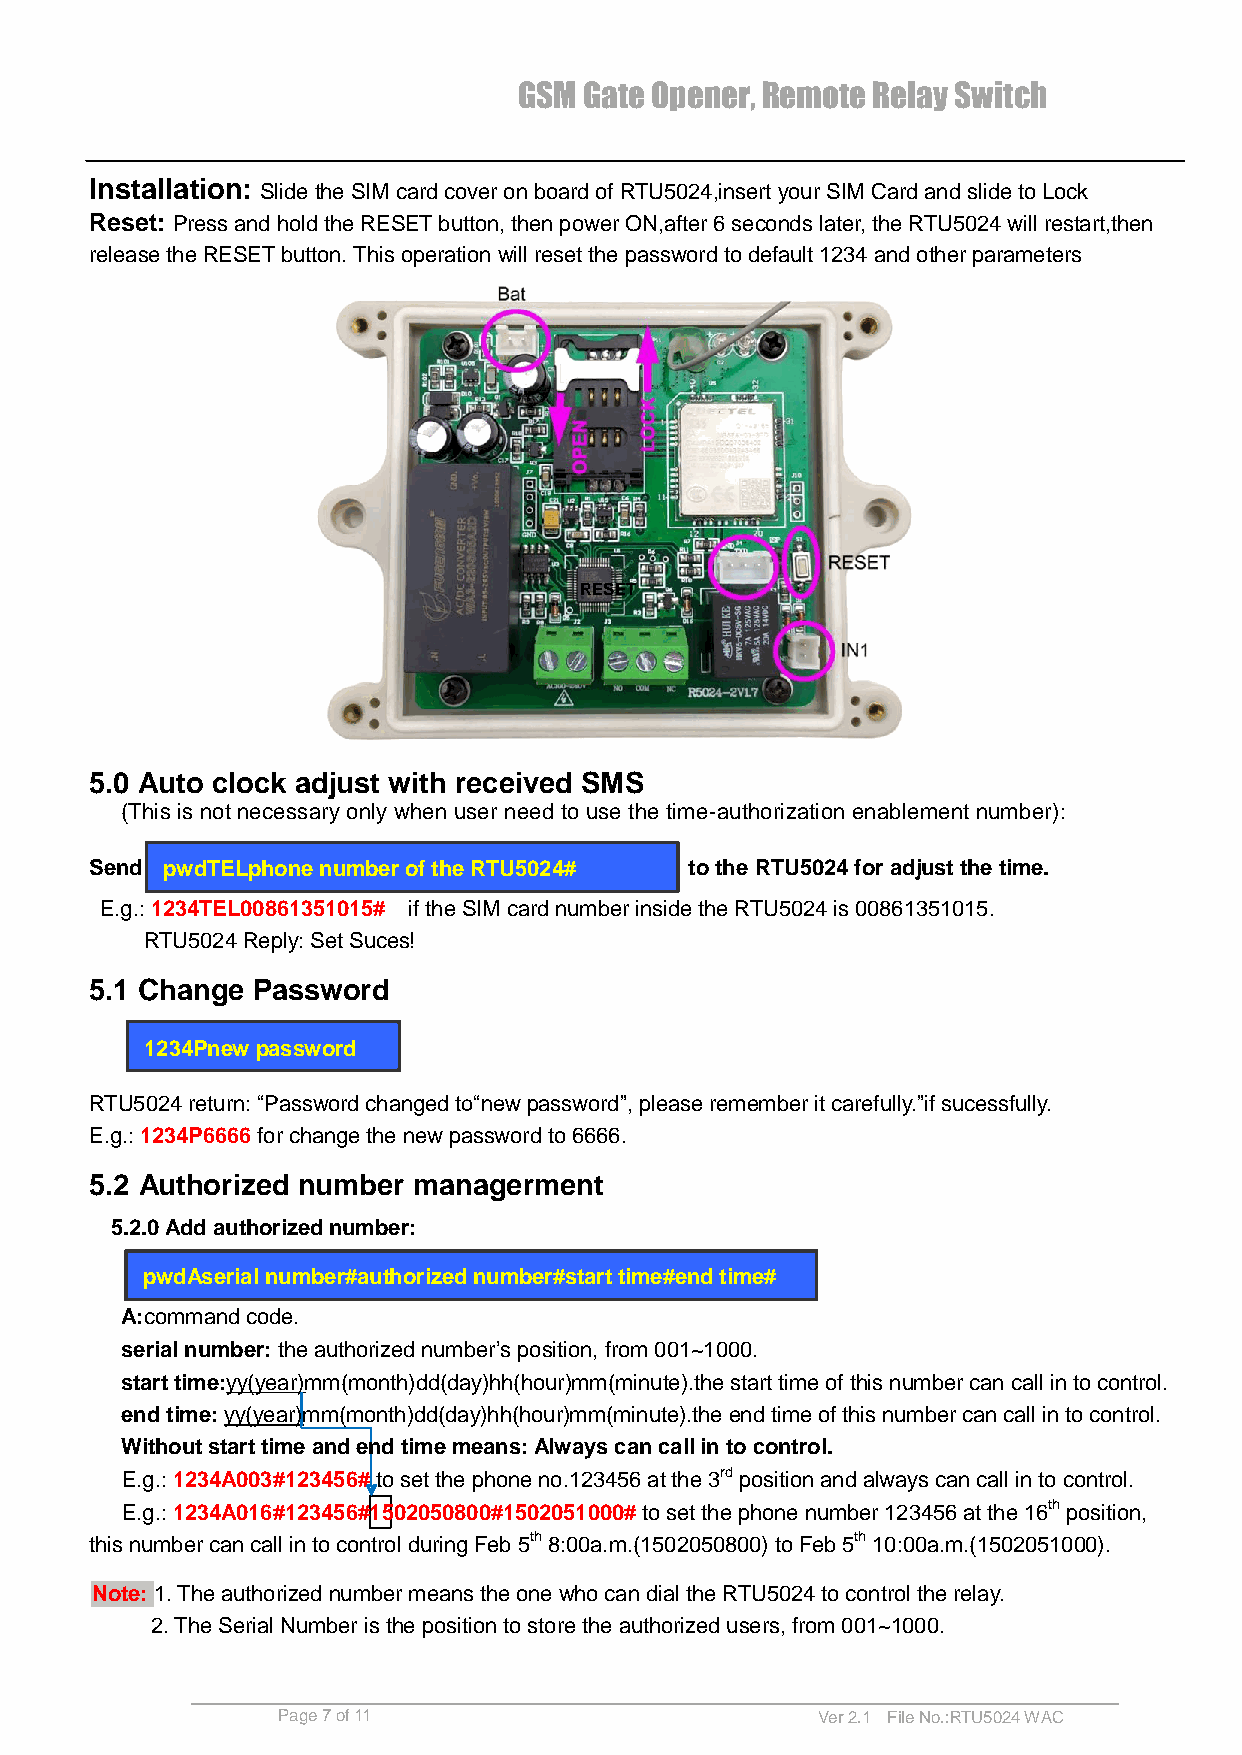
GSM  Gate Opener, Remote Relay Switch
 Installation: Slide the SIM card cover on board of RTU5024,insert your SIM Card and slide to Lock
 Reset: Press and hold the RESET button, then power ON,after 6 seconds later, the RTU5024 will restart,then
 release the RESET button. This operation will reset the password to default 1234 and other parameters
 RESET
 5.0 Auto clock adjust with received SMS
 (This is not necessary only when user need to use the time-authorization enablement number):
 Send pwdTELphone number of the RTU5024# to the RTU5024 for adjust the time.
 E.g.: 1234TEL00861351015# if the SIM card number inside the RTU5024 is 00861351015.
 RTU5024 Reply: Set Suces!
 5.1 Change Password
 1234Pnew password
 RTU5024 return: “Password changed to“new password”, please remember it carefully.”if sucessfully.
 E.g.: 1234P6666 for change the new password to 6666.
 5.2 Authorized number managerment
 5.2.0 Add authorized number:
 pwdAserial number#authorized number#start time#end time#
 A:command code.
 serial number: the authorized number’s position, from 001~1000.
 start time:yy(year)mm(month)dd(day)hh(hour)mm(minute).the start time of this number can call in to control.
 end time: yy(year)mm(month)dd(day)hh(hour)mm(minute).the end time of this number can call in to control.
 Without start time and end time means: Always can call in to control.
 E.g.: 1234A003#123456# to set the phone no.123456 at the 3rd position and always can call in to control.
 E.g.: 1234A016#123456#1502050800#1502051000# to set the phone number 123456 at the 16th position,
 this number can call in to control during Feb 5th 8:00a.m.(1502050800) to Feb 5th 10:00a.m.(1502051000).
 Note: 1. The authorized number means the one who can dial the RTU5024 to control the relay.
 2. The Serial Number is the position to store the authorized users, from 001~1000.
 Page 7 of 11                        Ver 2.1 File No.:RTU5024 WAC